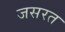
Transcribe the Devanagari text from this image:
जसरत